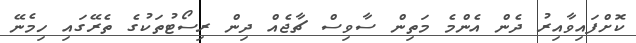
ކޮށްފައިވާއިރު ދެން އެންމެ މަތިން ސާވިސް ޗާޖެއް ދިން ރިސޯޓުތަކުގެ ތެރޭގައި ހިމެނޭ